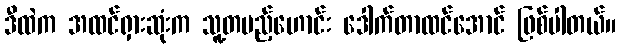
ဒီထဲက အထင်ရှားဆုံးက သူ့တပည့်ဟောင်း ဒေါက်တာထင်အောင် ဖြစ်ပါတယ်။